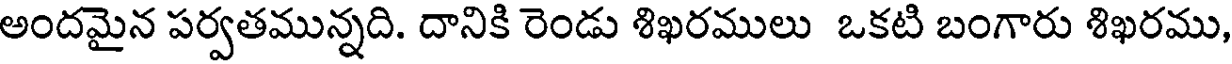
అందమైన పర్వతమున్నది. దానికి రెండు శిఖరములు ఒకటి బంగారు శిఖరము,